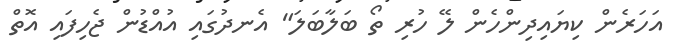
އަހަރެން ކިޔައިދިންހެން ލޭ ހުރި ތޯ ބަލާބަލަ" އެނދުގައި އުއްޑުން ޖެހިފައި އޮތް